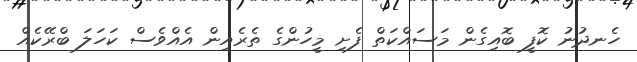
ހެނދުނު ކޮފީ ބޮއިގެން މަސައްކަތް ފެށި މީހުންގެ ތެރެއިން އެއްވެސް ކަހަލަ ބްރޭކެއް